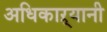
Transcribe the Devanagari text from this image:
अधिकाऱ्यानी